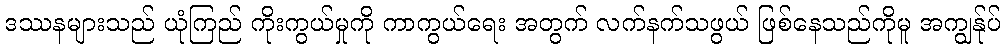
ဒဿနများသည် ယုံကြည် ကိုးကွယ်မှုကို ကာကွယ်ရေး အတွက် လက်နက်သဖွယ် ဖြစ်နေသည်ကိုမူ အကျွန်ုပ်